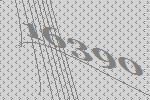
16390